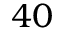
4 0